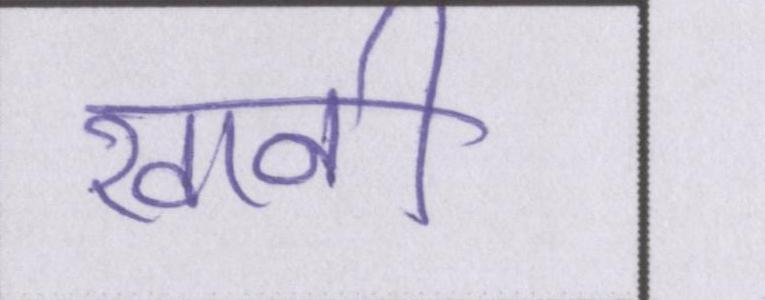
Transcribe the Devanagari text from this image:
खानी